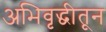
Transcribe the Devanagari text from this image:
अभिवृद्धीतून